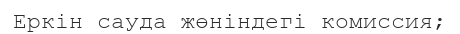
Еркін сауда жөніндегі комиссия;